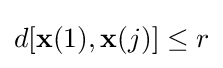
d[\mathbf {x} (1),\mathbf {x} (j)]\leq r